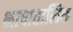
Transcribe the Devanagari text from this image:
भाषातात्विक